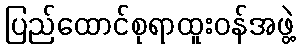
ပြည်ထောင်စုရာထူးဝန်အဖွဲ့